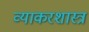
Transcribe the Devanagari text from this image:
व्याकरशास्त्र